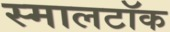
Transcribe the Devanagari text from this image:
स्मालटॉक